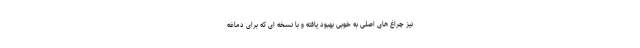
نیز چراغ های اصلی به خوبی بهبود یافته و با نسخه ای که برای دماغه